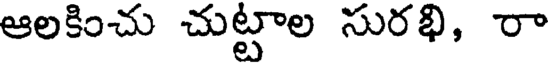
ఆలకించు చుట్టాల సురభి, రా